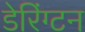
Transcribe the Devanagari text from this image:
डेरिंग्टन